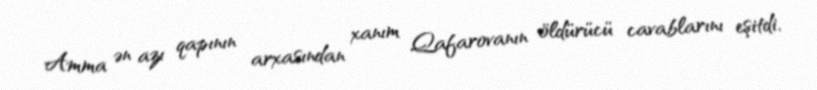
Amma ən azı qapının arxasından xanım Qafarovanın öldürücü cavablarını eşitdi,